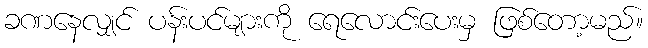
ခဏနေလျှင် ပန်းပင်များကို ရေလောင်းပေးမှ ဖြစ်တော့မည်။